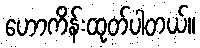
ဟောကိန်းထုတ်ပါတယ်။